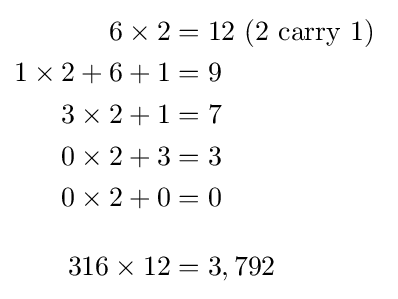
{\begin{aligned}6\times 2&=12{\text{ (2 carry 1) }}\\1\times 2+6+1&=9\\3\times 2+1&=7\\0\times 2+3&=3\\0\times 2+0&=0\\[10pt]316\times 12&=3,792\end{aligned}}